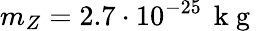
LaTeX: m_{Z}=2.7\cdot 10^{-25}\, \mathrm{~k~g~}